Leaving Certificate Examination, 1921
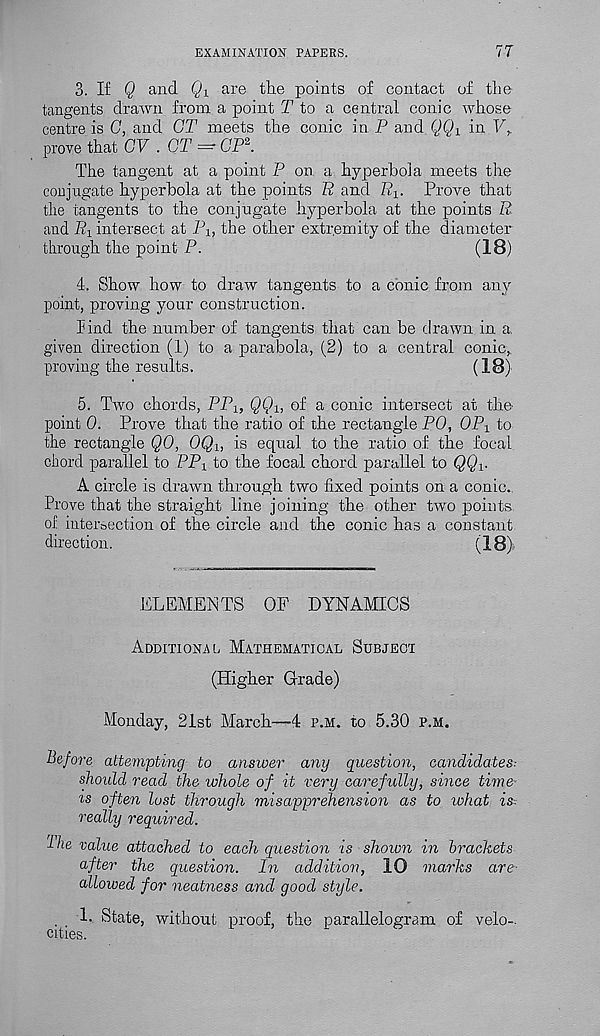
EXAMINATION PAPERS.
77
3. If Q and
are the points of contact of the
tangents drawn from a point T to a central conic whose
centre is G, and GT meets the conic in P and QQ X in V,.
prove that CV . CT = CP 2 .
The tangent at a point P on a hyperbola meets the
conjugate hyperbola at the points R and
Prove that
the tangents to the conjugate hyperbola at the points R
and Pi intersect at P lt the other extremity of the diameter
through the point P.
(IB)
d. Show how to draw tangents to a conic from any
point, proving your construction.
bind the number of tangents that can be drawn in a,
given direction (1) to a parabola, (2) to a central conic,
proving the results.
(18)
5. Two chords, PPi, QQ U of a conic intersect at the-
point 0. Prove that the ratio of the rectangle PO, 0P 1 to
the rectangle QO, 0Q U is equal to the ratio of the focal
chord parallel to PP 1 to the focal chord parallel to QQ V
A circle is drawn through two fixed points on a conic..
Prove that the straight line joining the other two points,
of intersection of the circle and the conic has a constant
direction.
(18):
ELEMENTS OF DYNAMICS
Additional Mathematical Subject
(Higher Grade)
Monday, 21st March—4 p.m. to 5.30 p.m.
Before attempting to answer any question, candidates:
should read the whole of it very carefully, since time
is often lost through misapprehension as to what is:
really required.
1 he value attached to each question is shown in brackets
after the question. In addition, 10 marks are
allowed for neatness and good style.
. . !• State, without proof, the parallelogram of velo-
cities.